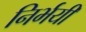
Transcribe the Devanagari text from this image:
निर्भयी